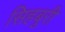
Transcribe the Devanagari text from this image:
सिहबुरी